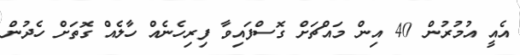
އެއީ އުމުރުން 40 އިން މައްޗަށް ގޮސްފައިވާ ފިރިހެނެއް ހާލެއް ގޮތަށް ހެދުން